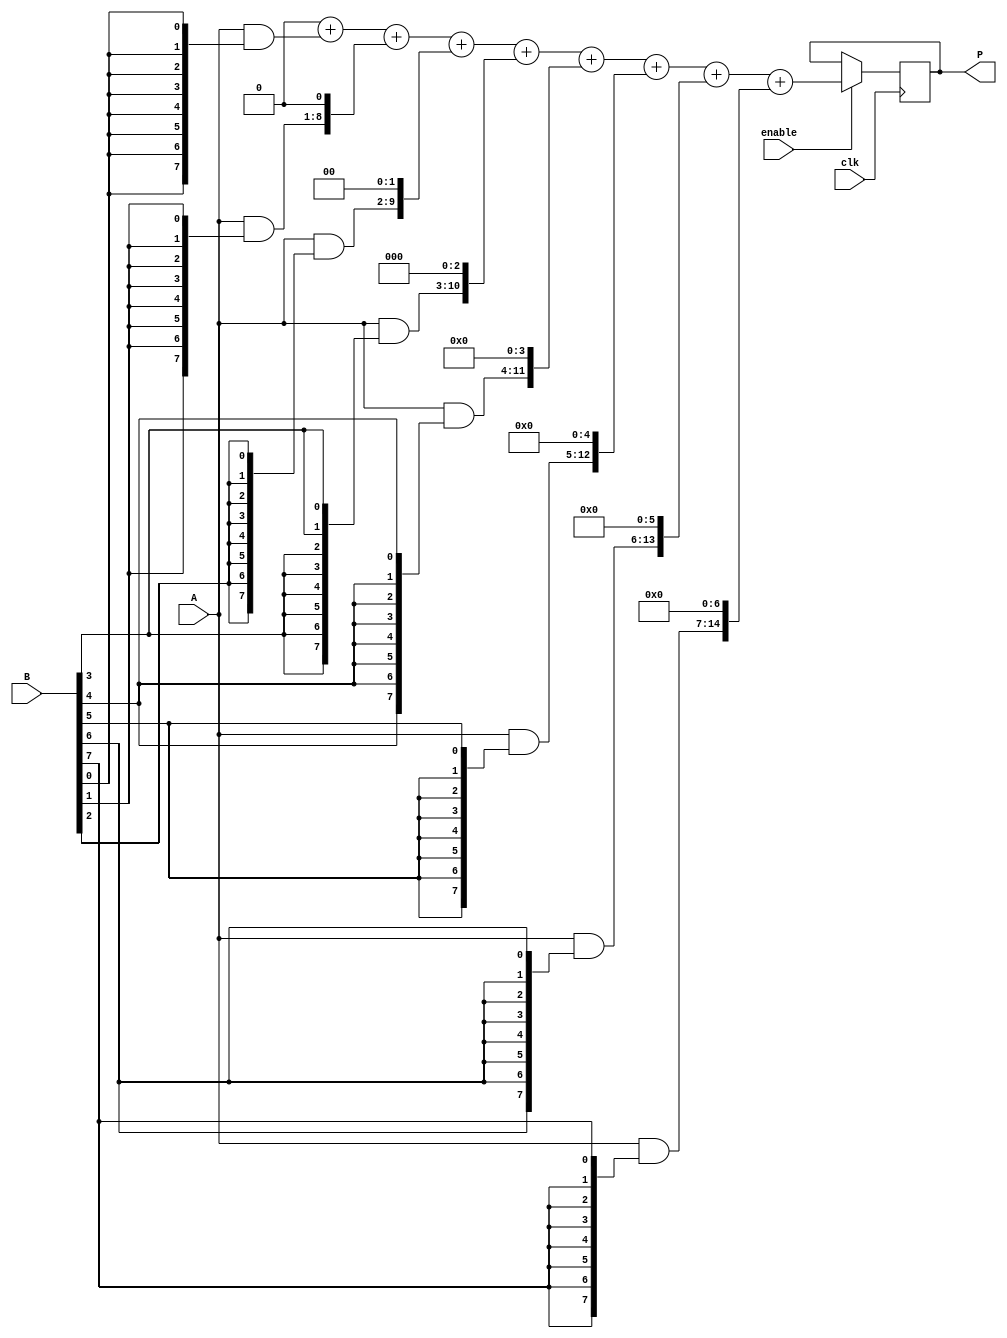
module vedic_multiplier #(parameter N = 8) (
    input  [N-1:0] A,
    input  [N-1:0] B,
    input          clk,
    input          enable,
    output reg [2*N-1:0] P
);

reg [2*N-1:0] partial_products [0:N-1];
reg [2*N-1:0] sum;
integer i, j;

// Generate partial products
always @(posedge clk) begin
    if (enable) begin
        sum = 0; // Initialize sum to 0
        // Generate partial products
        for (i = 0; i < N; i = i + 1) begin
            partial_products[i] = (A & {N{B[i]}}) << i; // Shift partial product
        end
        
        // Accumulate partial products
        for (i = 0; i < N; i = i + 1) begin
            sum = sum + partial_products[i];
        end

        // Assign final product value
        P <= sum;
    end
end

endmodule